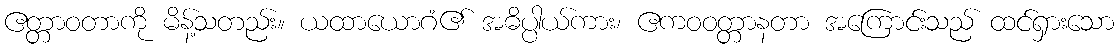
ဧတ္တာဝတာကို မိန့်သတည်း။ ယထာယောဂံ၏ အဓိပ္ပါယ်ကား၊ ဧကဝဝတ္တာနတာ အကြောင်းသည် ထင်ရှားသော